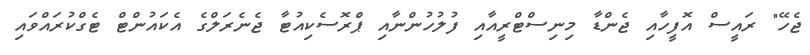
ޖެހޭ" ރައީސް އޮފީހާއި ޖެންޑާ މިނިސްޓްރީއާއި ފުލުހުންނާއި ޕްރޮސެކިއުޓާ ޖެނެރަލްގެ އެކައުންޓް ޓެގްކުރައްވައި